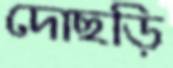
দোছড়ি